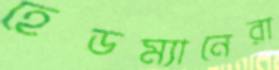
হেডম্যানেরা